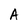
Character: A